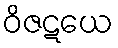
ဝိဇဋယေ